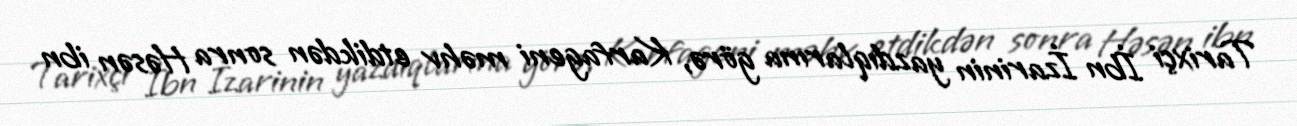
Tarixçi İbn İzarinin yazdıqlarına görə, Karfageni məhv etdikdən sonra Həsən ibn